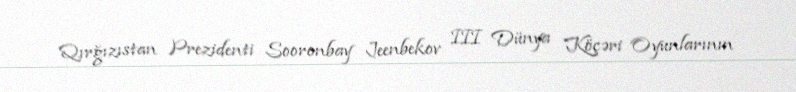
Qırğızıstan Prezidenti Sooronbay Jeenbekov III Dünya Köçəri Oyunlarının